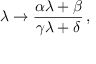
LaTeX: \lambda \to \frac { \alpha \lambda + \beta } { \gamma \lambda + \delta } \, ,